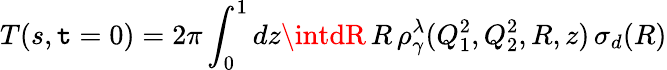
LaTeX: T(s,\mathtt{t}=0)=2\pi\int_{0}^{1}dz\intdR\, R\, \rho_{\gamma}^{\lambda}(Q_{1}^{2},Q_{2}^{2},R,z)\, \sigma_{d}(R)